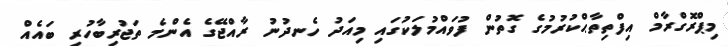
މިޕްރޮގްރާމް އިފްތިތާޙްކުރުމުގެ ގޮތުން ފުވައްމުލަކުގައި މިއަދު ހެނދުނު ރާއްޖޭގެ އެންމެ ތަޖުރިބާހުރި ބައެއް